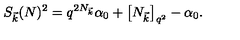
S _ { \vec { k } } ( N ) ^ { 2 } = q ^ { 2 N _ { \vec { k } } } \alpha _ { 0 } + \left[ N _ { \vec { k } } \right] _ { q ^ { 2 } } - \alpha _ { 0 } .